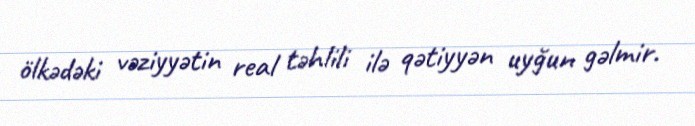
ölkədəki vəziyyətin real təhlili ilə qətiyyən uyğun gəlmir.